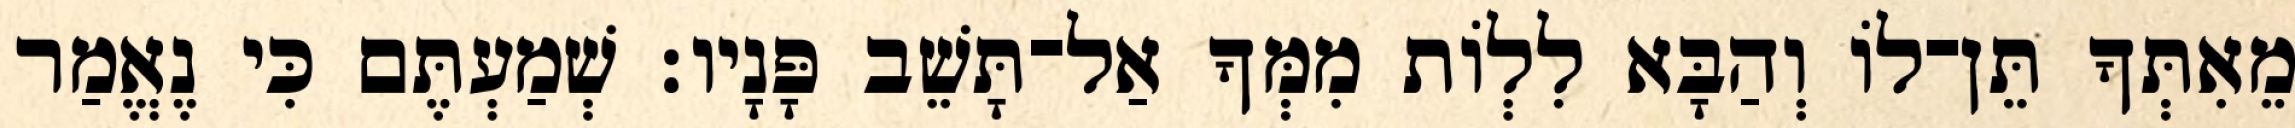
מֵאִתְּךָ תֵּן־לוֹ וְהַבָּא לִלְוֹת מִמְּךָ אַל־תָּשֵׁב פָּנָיו׃ שְׁמַעְתֶּם כִּי נֶאֱמַר